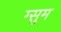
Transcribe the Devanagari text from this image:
ग्सुम